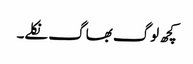
کچھ لوگ بھاگ نکلے۔